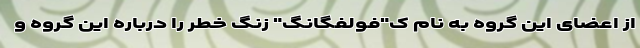
از اعضای این گروه به نام ک"فولفگانگ" زنگ خطر را درباره این گروه و